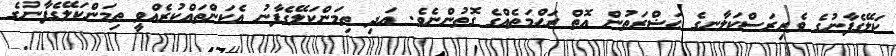
ކަލޭގެފާނުގެ ވެރިރަސްކަލާނގެ ޙަޟްރަތުން އޮތް ރަޙްމަތެއްގެ ގޮތުންނެވެ. އަދި ތިމަންކަލޭގެފާނު އެކަންތައްކުރެއްވީ ތިމަންކަލޭގެފާނުގެ